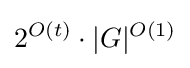
2^{O(t)}\cdot |G|^{O(1)}